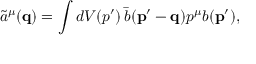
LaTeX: \tilde { a } ^ { \mu } ( { \mathbf { q } } ) = \int d V ( p ^ { \prime } ) \, \bar { b } ( { \mathbf { p ^ { \prime } - q } } ) p ^ { \mu } b ( { \mathbf { p ^ { \prime } } } ) ,